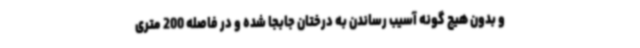
و بدون هیچ گونه آسیب رساندن به درختان جابجا شده و در فاصله 200 متری